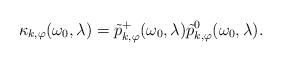
LaTeX: \begin{align*} \kappa_{k,\varphi}(\omega_0,\lambda) =\tilde{p}_{k,\varphi}^+(\omega_0,\lambda) \tilde{p}_{k,\varphi}^0(\omega_0,\lambda).\end{align*}